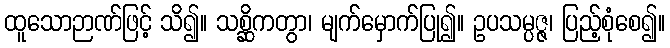
ထူသောဉာဏ်ဖြင့် သိ၍။ သစ္ဆိကတွာ၊ မျက်မှောက်ပြု၍။ ဥပသမ္ပဇ္ဇ၊ ပြည့်စုံစေ၍။